Trukikaitis_Postimees, lk 41
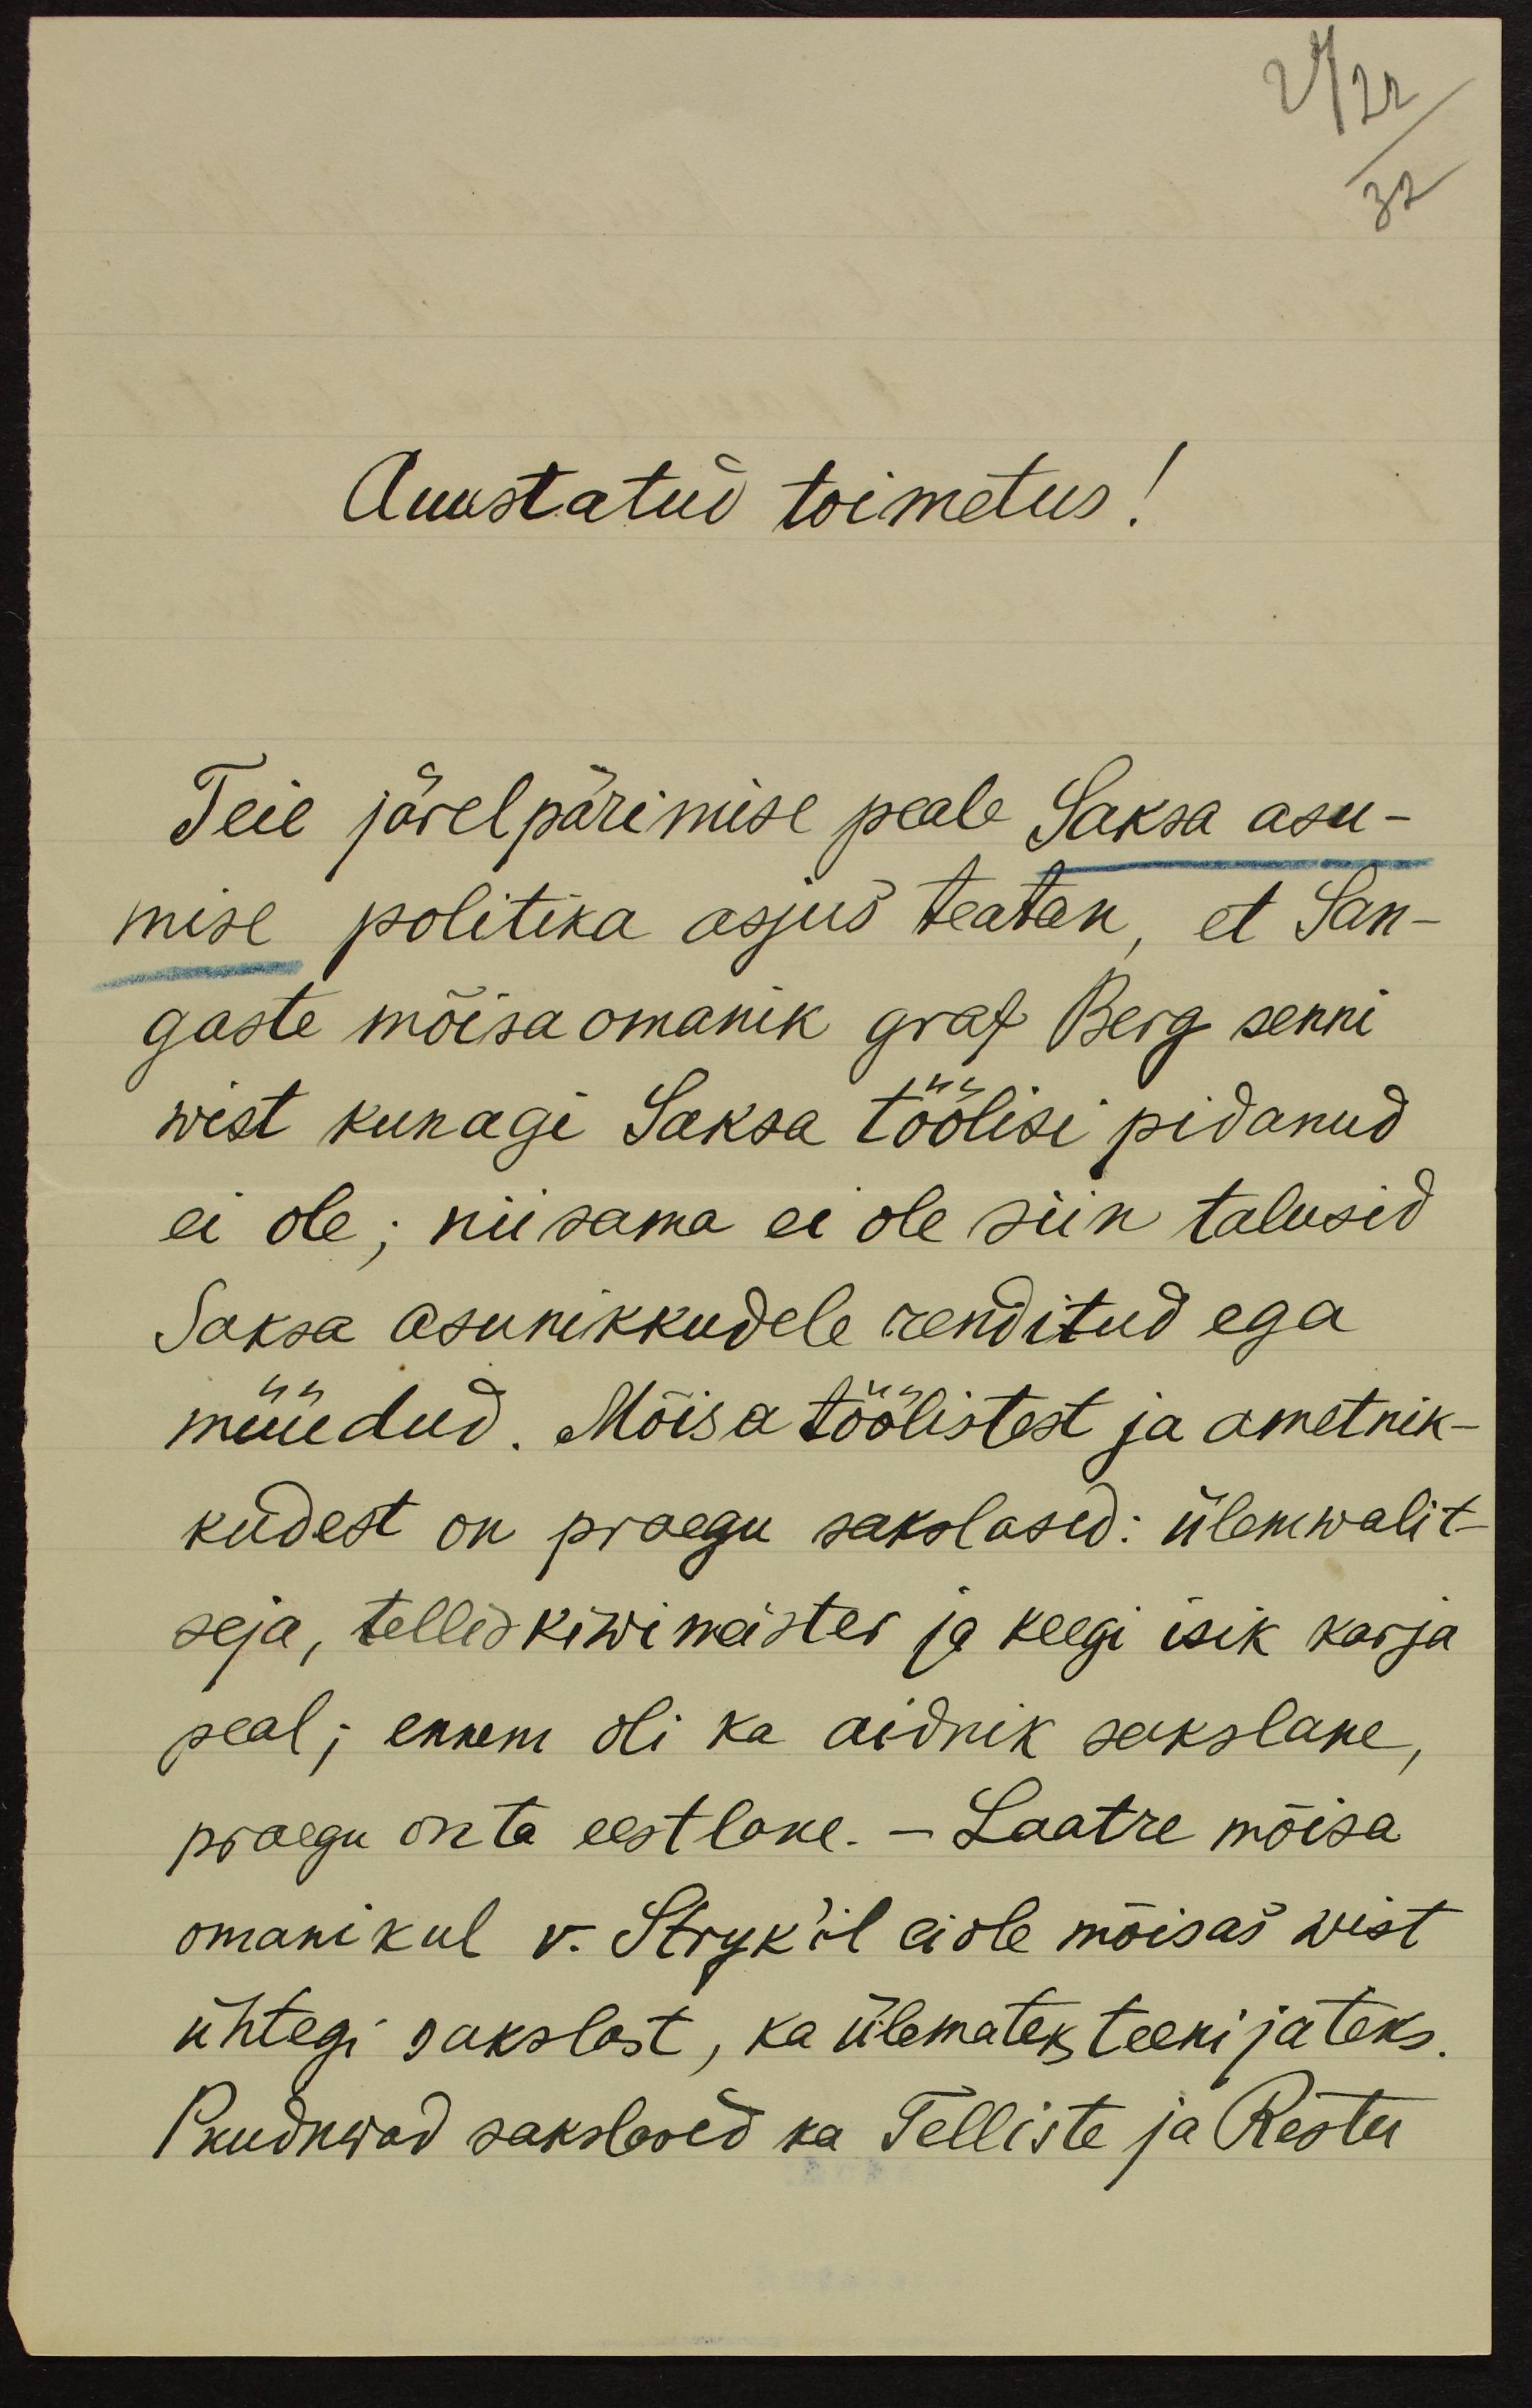
24 22
32

Auustatud toimetus!
Teie järelpärimise peale Saksa asu-
mise politika asjus teatan, et San-
gaste mõisa omanik graf Berg senni
wist kunagi Saksa töölisi pidanud
ei ole; niisama ei ole siin talusid
Saksa asunikkudele renditud ega
müüdud. Mõisa töölistest ja ametnik-
kudest on praegu sakslased: ülemwalit-
seja, telliskiwimeister ja keegi isik karja
peal; ennem oli ka aidnik sakslane,
praegu on ta eestlane. - Laatre mõisa
omanikul v. Stryk'il ei ole mõisas wist
ühtegi sakslast, ka ülemateks teenijateks.
Puuduwad sakslased ka Telliste ja Restu